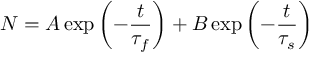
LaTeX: N = A \exp \left( - { \frac { t } { { \tau } _ { f } } } \right) + B \exp \left( - { \frac { t } { { \tau } _ { s } } } \right)